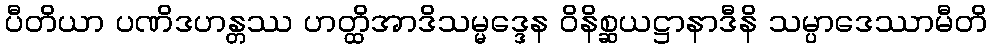
ပီတိယာ ပဏိဒဟန္တဿ ဟတ္ထိအာဒိသမ္မဒ္ဒေန ဝိနိစ္ဆယဋ္ဌာနာဒီနိ သမ္ပာဒေဿာမီတိ